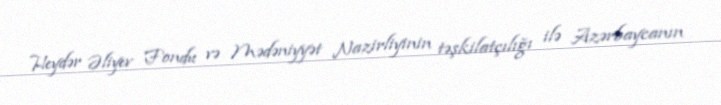
Heydər Əliyev Fondu və Mədəniyyət Nazirliyinin təşkilatçılığı ilə Azərbaycanın